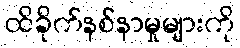
ထိခိုက်နစ်နာမှုများကို